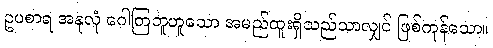
ဥပစာရ အနုလုံ ဂေါတြဘူဟူသော အမည်ထူးရှိသည်သာလျှင် ဖြစ်ကုန်သော။